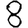
Digit: 8